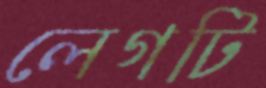
লেগটি